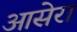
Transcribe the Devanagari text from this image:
आसेरा